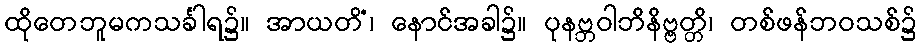
ထိုတေဘူမကသင်္ခါရ၌။ အာယတိံ၊ နောင်အခါ၌။ ပုနဗ္ဘဝါဘိနိဗ္ဗတ္တိ၊ တစ်ဖန်ဘဝသစ်၌